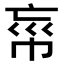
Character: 𢂪